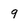
Character: 9